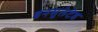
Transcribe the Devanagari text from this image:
इनसुलेटेड